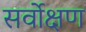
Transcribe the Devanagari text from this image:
सर्वोक्षण